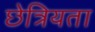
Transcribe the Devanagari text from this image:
छेत्रियता